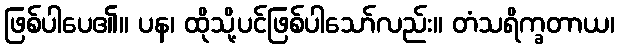
ဖြစ်ပါပေ၏။ ပန၊ ထိုသို့ပင်ဖြစ်ပါသော်လည်း။ တံသရိက္ခတာယ၊